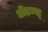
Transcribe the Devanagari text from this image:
ॲडम्स्